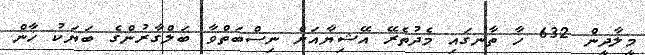
މީލާދީން 632 ހާ ތާނގައި މެދުތެރޭ އޭޝިޔާއަށް ނިސްބަތްވާ ބަލްގާރުންގެ ބަޔަކު ޚާން